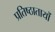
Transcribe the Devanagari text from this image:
प्रतिष्ठातायों